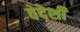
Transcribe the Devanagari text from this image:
वेदेशी